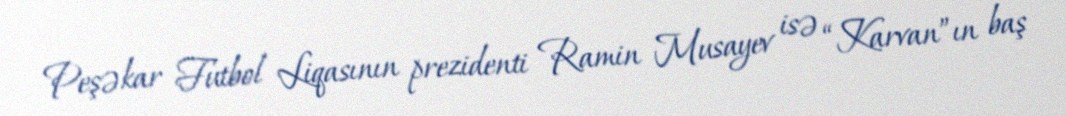
Peşəkar Futbol Liqasının prezidenti Ramin Musayev isə “Karvan”ın baş